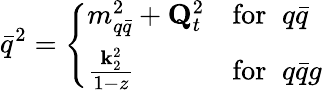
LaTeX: \bar{q}^{2}=\left\{ \begin{array}{ll}{{m_{q\bar{q}}^{2}+{\mathbf Q}_{t}^{2}}}&{{\mathrm{for}\; \; q\bar{q}}}\\ {{\frac{{\mathbf k}_{2}^{2}}{1-z}}}&{{\mathrm{for}\; \; q\bar{q}g}}\end{array}\right.